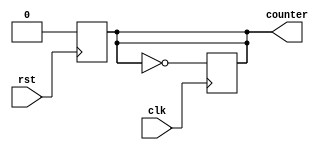
`timescale 1ns / 1ps
//////////////////////////////////////////////////////////////////////////////////
// Company: 
// Engineer: 
// 
// Design Name: 
// Module Name: MemoryCounter
// Project Name: 
// Target Devices: 
// Tool Versions: 
// Description: 
// 
// Dependencies: 
// 
// Revision:
// Revision 0.01 - File Created
// Additional Comments:
// 
//////////////////////////////////////////////////////////////////////////////////


module MemoryCounter(input clk, input rst, output reg counter);

always @(posedge rst) begin
   counter<=0;
end

    always@(posedge clk)
    begin
       //if(rst) counter <=0;
       // else
        counter <= ~counter;
    end
    
endmodule